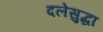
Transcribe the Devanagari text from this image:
दलेसुद्धा